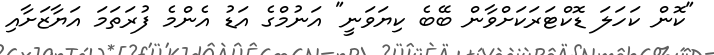
"ކޮން ކަހަލަ ޑޮކްޓަރަކަށްވާން ބޭބެ ކިޔަވަނީ" އަނުމްގެ އަޑު އެންމެ ފުރަތަމަ އަޔާޒަށާއި